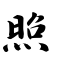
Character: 照